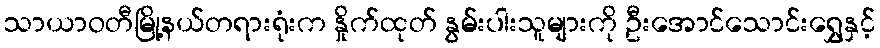
သာယာဝတီမြို့နယ်တရားရုံးက နှိုက်ထုတ် နွမ်းပါးသူများကို ဦးအောင်သောင်းရွှေနှင့်